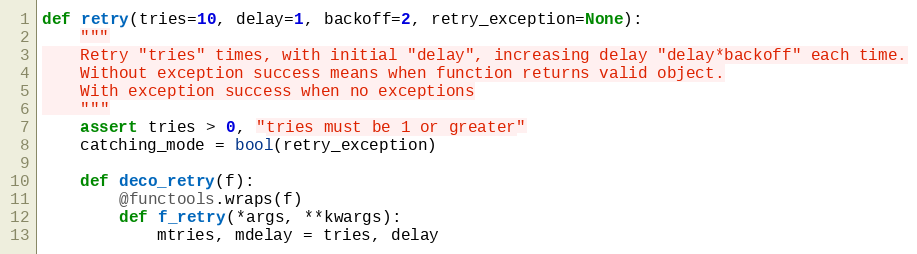
Language: Python
def retry(tries=10, delay=1, backoff=2, retry_exception=None):
    """
    Retry "tries" times, with initial "delay", increasing delay "delay*backoff" each time.
    Without exception success means when function returns valid object.
    With exception success when no exceptions
    """
    assert tries > 0, "tries must be 1 or greater"
    catching_mode = bool(retry_exception)

    def deco_retry(f):
        @functools.wraps(f)
        def f_retry(*args, **kwargs):
            mtries, mdelay = tries, delay